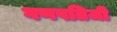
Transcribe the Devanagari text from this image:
गणपतिजी